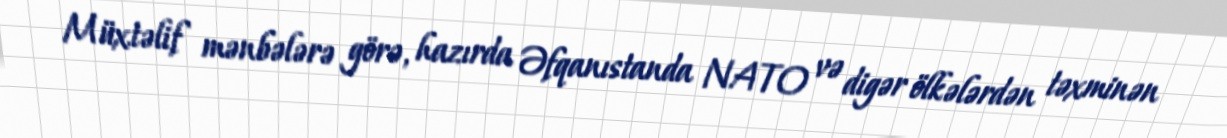
Müxtəlif mənbələrə görə, hazırda Əfqanıstanda NATO və digər ölkələrdən təxminən